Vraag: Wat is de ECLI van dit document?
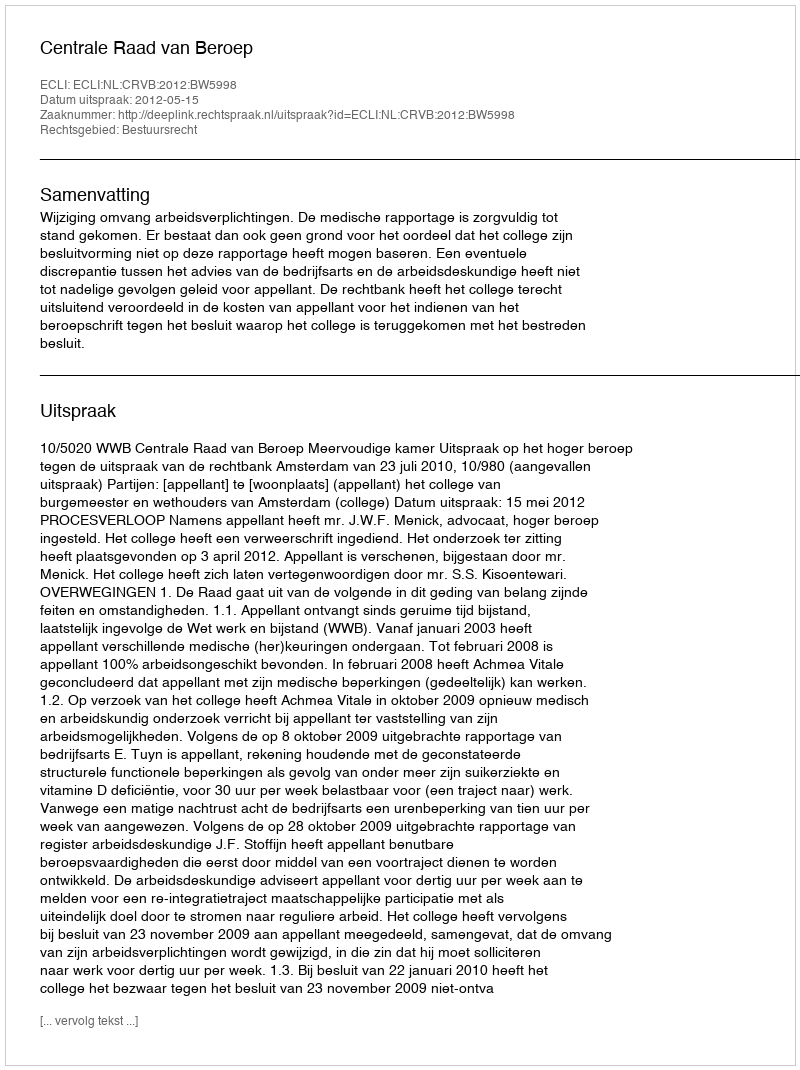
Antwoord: ECLI:NL:CRVB:2012:BW5998